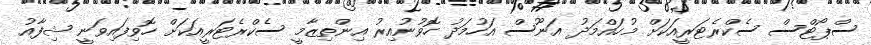
ސްޕޯޓްސް ސެކްރެޓަރީއަކަށް މުހައްމަދު އަނޫސް އަހުމަދު ހޮވުނުއިރު އިންތިޒާމީ ސެކްރެޓަރީއަކަށް ހޮވިފައިވަނީ ޝިފާއު